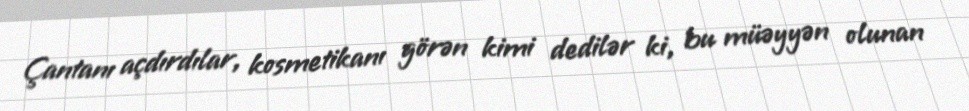
Çantanı açdırdılar, kosmetikanı görən kimi dedilər ki, bu müəyyən olunan